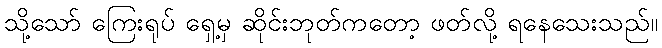
သို့သော် ကြေးရုပ် ရှေ့မှ ဆိုင်းဘုတ်ကတော့ ဖတ်လို့ ရနေသေးသည်။